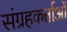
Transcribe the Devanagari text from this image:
संग्रहकर्त्ताओं